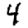
Digit: 4